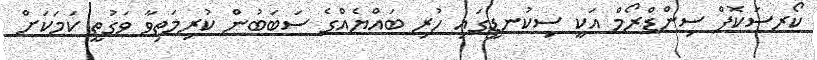
ކޯރސަކޮފް ސިންޑްރޯމް އަކީ ސިކުނޑީގައި ހުރި ބައްޔެއްގެ ސަބަބުން ކުރިމަތިވާ ވަގުތީ ކަމަކަށް